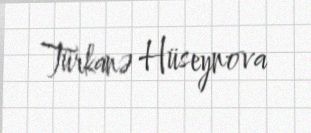
Türkanə Hüseynova